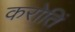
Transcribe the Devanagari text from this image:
करोतिं